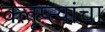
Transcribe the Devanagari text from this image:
क्लृप्त्यांचा